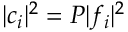
\lvert c _ { i } \rvert ^ { 2 } = P \lvert f _ { i } \rvert ^ { 2 }